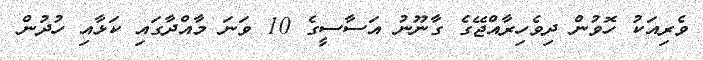
ވެރިއަކު ހޮވުން ދިވެހިރާއްޖޭގެ ގާނޫނު އަސާސީގެ 10 ވަނަ މާއްދާގައި ކަޅާއި ހުދުން